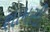
શામસી